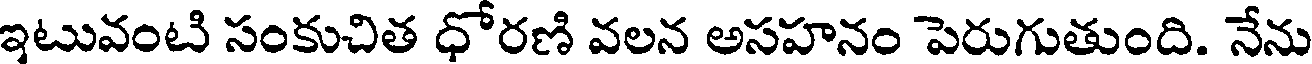
ఇటువంటి సంకుచిత ధోరణి వలన అసహనం పెరుగుతుంది. నేను